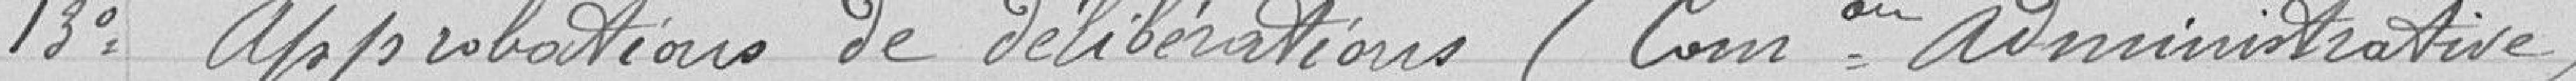
13° approbation de délibérations (Commission administrative)